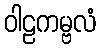
ဝါဠကမ္ဗလံ